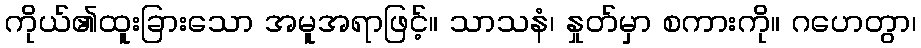
ကိုယ်၏ထူးခြားသော အမူအရာဖြင့်။ သာသနံ၊ နှုတ်မှာ စကားကို။ ဂဟေတွာ၊